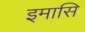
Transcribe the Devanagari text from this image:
इमासि